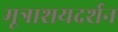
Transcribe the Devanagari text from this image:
मूत्राशयदर्शन